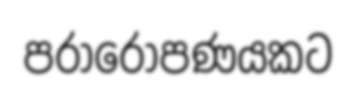
පරාරෝපණයකට